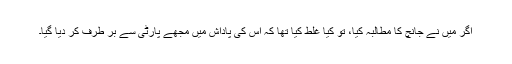
اگر میں نے جانچ کا مطالبہ کیا، تو کیا غلط کیا تھا کہ اس کی پاداش میں مجھے پارٹی سے بر طرف کر دیا گیا۔